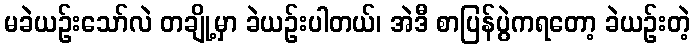
မခဲယဉ်းသော်လဲ တချို့မှာ ခဲယဉ်းပါတယ်၊ အဲဒီ စာပြန်ပွဲကရတော့ ခဲယဉ်းတဲ့